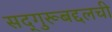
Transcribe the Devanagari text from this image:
सद्‌गुरूबद्दलची